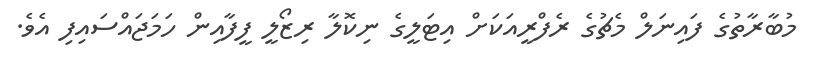
މުބާރާތުގެ ފައިނަލް މެޗުގެ ރެފްރީއަކަށް އިޓަލީގެ ނިކޮލާ ރިޒޯލީ ފީފާއިން ހަމަޖައްސައިފި އެވެ.